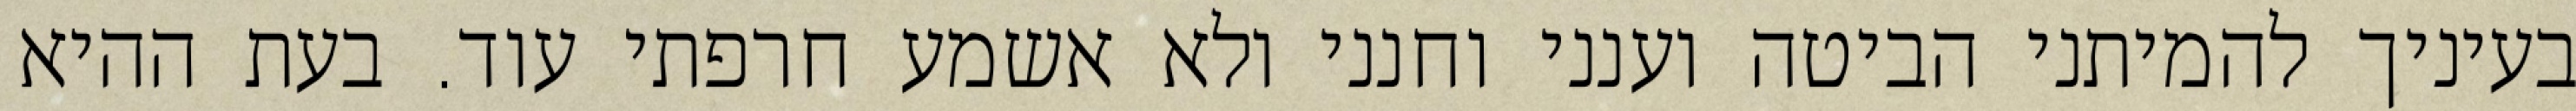
בעיניך להמיתני הביטה וענני וחנני ולא אשמע חרפתי עוד. בעת ההיא